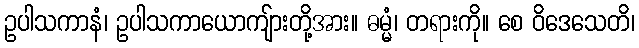
ဥပါသကာနံ၊ ဥပါသကာယောကျ်ားတို့အား။ ဓမ္မံ၊ တရားကို။ စေ ဝိဒေသေတိ၊